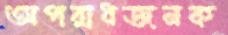
অপরাধজনক